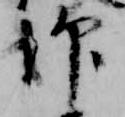
仰